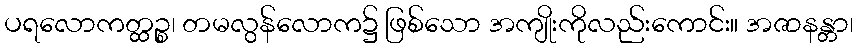
ပရလောကတ္ထဉ္စ၊ တမလွန်လောက၌ ဖြစ်သော အကျိုးကိုလည်းကောင်း။ အဇာနန္တာ၊